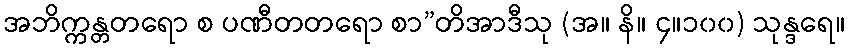
အဘိက္ကန္တတရော စ ပဏီတတရော စာ”တိအာဒီသု (အ။ နိ။ ၄။၁၀၀) သုန္ဒရေ။